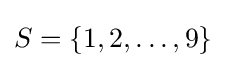
S=\{1,2,\ldots ,9\}